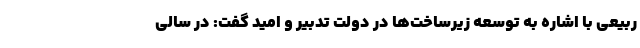
ربیعی با اشاره به توسعه زیرساخت‌ها در دولت تدبیر و امید گفت: در سالی